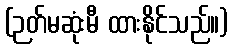
(ဉတ်မဆုံးမီ ထားနိုင်သည်။)